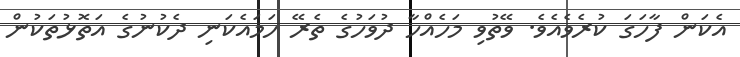
އެކަން ފާހަގަ ކުރެވެއެވެ. ވޭތުވި މަހެއްހާ ދުވަހުގެ ތެރޭ ހަމައެކަނި ދެކުނުގެ އަތޮޅުތަކުން